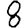
Digit: 8